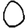
Digit: 0